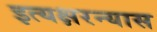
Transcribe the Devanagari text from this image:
इत्यक्षरन्यास